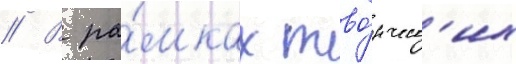
// В ра́мках тво́рческ'их